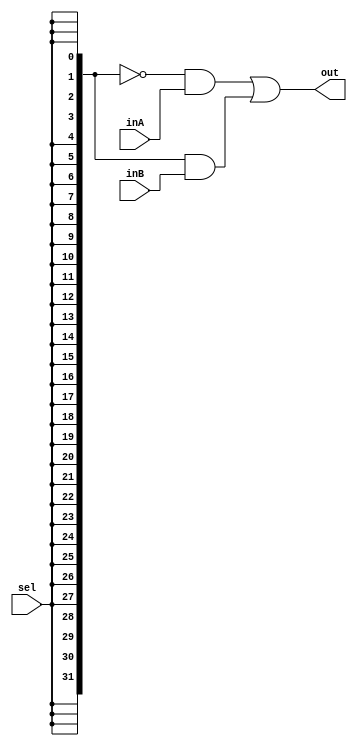
`timescale 1ns / 1ps

////////////////////////////////////////////////////////////////////////////////
// ECE369 - Computer Architecture
// 
// Module - Mux32Bit2To1.v
// Description - Performs signal multiplexing between 2 32-Bit words.
////////////////////////////////////////////////////////////////////////////////

module Mux32Bit2To1(out, inA, inB, sel);

    output [31:0] out;
    
    input [31:0] inA;
    input [31:0] inB;
    input sel;

    /* Fill in the implementation here ... */ 
    assign out = (~{32{sel}} & inA) | ({32{sel}} & inB);

endmodule